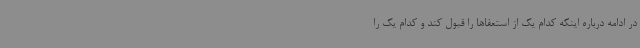
در ادامه درباره اینکه کدام یک از استعفاها را قبول کند و کدام یک را